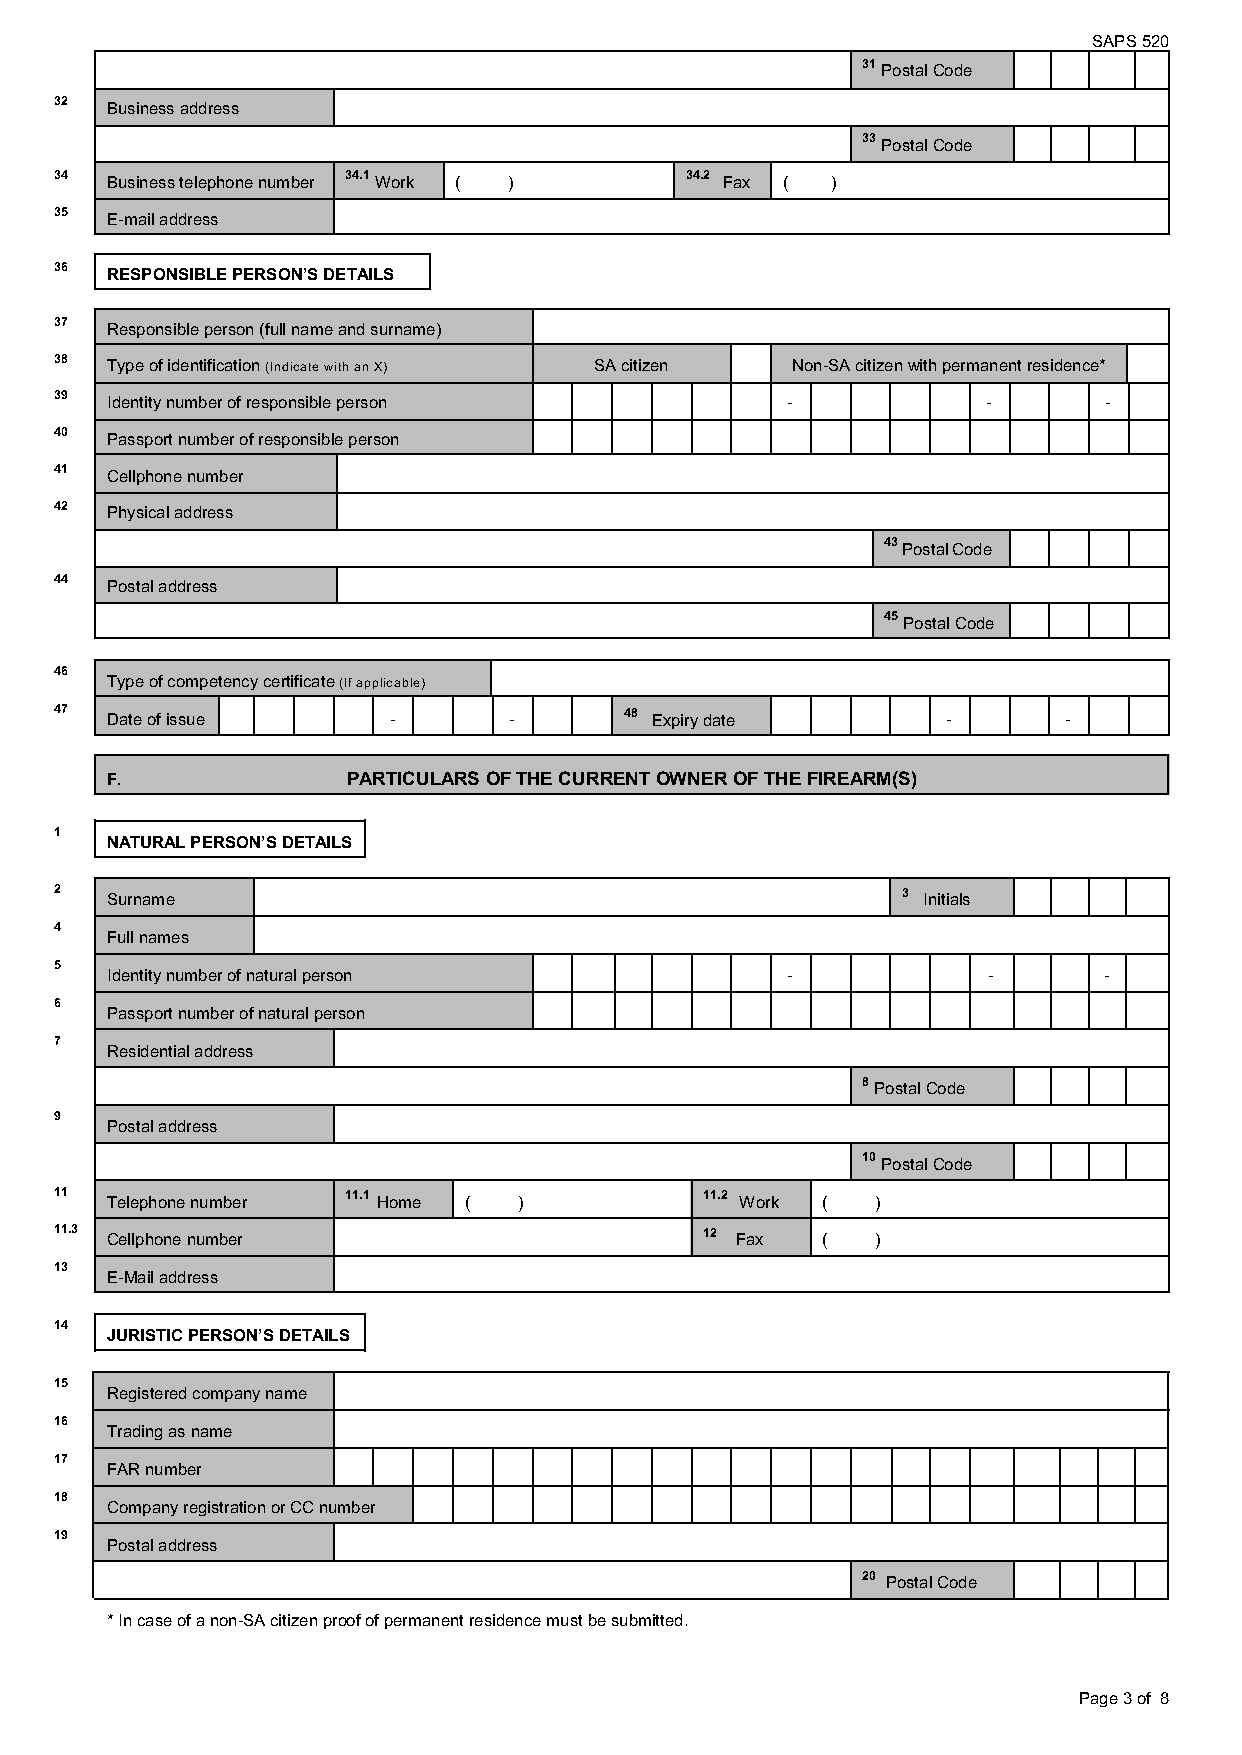
SAPS 520
 31 Postal Code
 32 Business address
 33 Postal Code
 34 Business telephone number 34.1 Work ( ) 34.2 Fax ( )
 35 E-mail address
 36 RESPONSIBLE PERSON’S DETAILS
 37 Responsible person (full name and surname)
 38 Type of identification (Indicate with an X) SA citizen Non-SA citizen with permanent residence*
 39 Identity number of responsible person        -            -       -
 40 Passport number of responsible person
 41 Cellphone number
 42 Physical address
 43 Postal Code
 44 Postal address
 45 Postal Code
 46
 Type of competency certificate (If applicable)
 47 Date of issue      -       -      48 Expiry date        -       -
 F.              PARTICULARS OF THE CURRENT OWNER OF THE FIREARM(S)
 1
 NATURAL PERSON’S DETAILS
 2  Surname                                              3 Initials
 4
 Full names
 5
 Identity number of natural person            -            -       -
 6
 Passport number of natural person
 7
 Residential address
 8 Postal Code
 9
 Postal address
 10 Postal Code
 11 Telephone number 11.1 Home ( )          11.2 Work ( )
 11.3 Cellphone number                      12 Fax (   )
 13
 E-Mail address
 14
 JURISTIC PERSON’S DETAILS
 15
 Registered company name
 16
 Trading as name
 17
 FAR number
 18
 Company registration or CC number
 19
 Postal address
 20 Postal Code
 * In case of a non-SA citizen proof of permanent residence must be submitted.
 Page 3 of 8